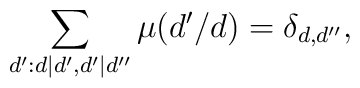
\sum_{d':d|d',d'|d''}\mu(d'/d)=\delta_{d,d''},